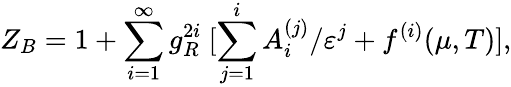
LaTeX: Z_{B}=1+\sum_{i=1}^{\infty}g_{R}^{2i}\ [\sum_{j=1}^{i}A_{i}^{(j)}/\varepsilon^{j}+f^{(i)}(\mu,T)],